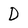
Character: D